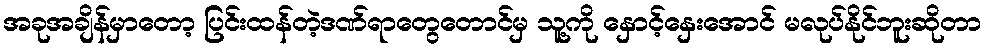
အခုအချိန်မှာတော့ ပြင်းထန်တဲ့ဒဏ်ရာတွေတောင်မှ သူ့ကို နှောင့်နှေးအောင် မလုပ်နိုင်ဘူးဆိုတာ